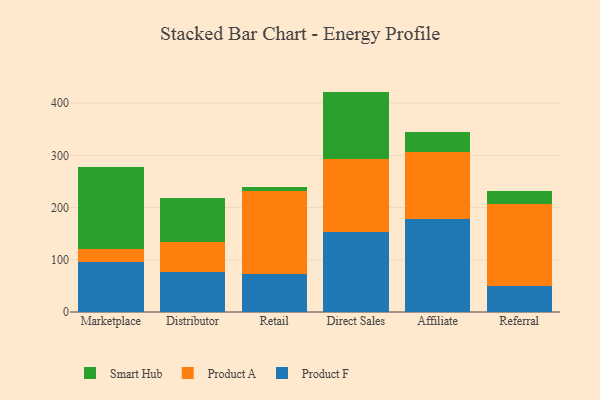
{"axis": {"x": "Channel", "y": "Operating Costs (USD K)"}, "legend": ["Product A", "Product F", "Smart Hub"], "data": [{"x": "Marketplace", "y": 96.5, "type": "Product F"}, {"x": "Marketplace", "y": 23.6, "type": "Product A"}, {"x": "Marketplace", "y": 157.9, "type": "Smart Hub"}, {"x": "Distributor", "y": 76.3, "type": "Product F"}, {"x": "Distributor", "y": 58.0, "type": "Product A"}, {"x": "Distributor", "y": 84.7, "type": "Smart Hub"}, {"x": "Retail", "y": 73.5, "type": "Product F"}, {"x": "Retail", "y": 159.1, "type": "Product A"}, {"x": "Retail", "y": 5.8, "type": "Smart Hub"}, {"x": "Direct Sales", "y": 154.0, "type": "Product F"}, {"x": "Direct Sales", "y": 139.8, "type": "Product A"}, {"x": "Direct Sales", "y": 128.2, "type": "Smart Hub"}, {"x": "Affiliate", "y": 178.0, "type": "Product F"}, {"x": "Affiliate", "y": 128.0, "type": "Product A"}, {"x": "Affiliate", "y": 38.1, "type": "Smart Hub"}, {"x": "Referral", "y": 50.7, "type": "Product F"}, {"x": "Referral", "y": 156.4, "type": "Product A"}, {"x": "Referral", "y": 25.2, "type": "Smart Hub"}]}